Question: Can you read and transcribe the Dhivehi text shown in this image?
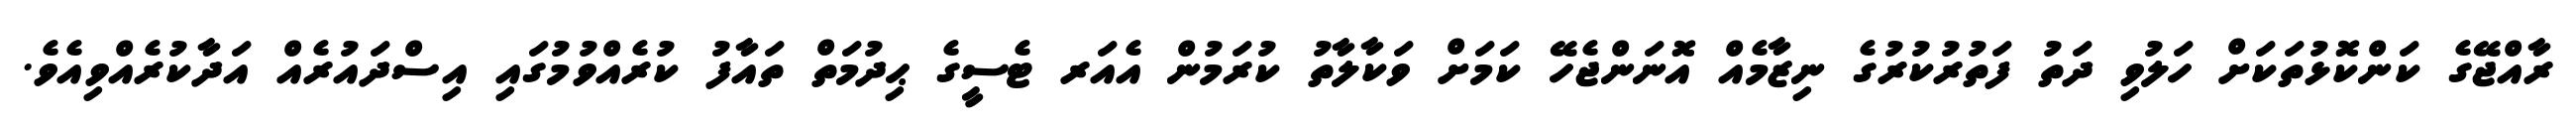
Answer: ރާއްޖޭގެ ކަންކޮޅުތަކަށް ހަލުވި ދަތު ފަތުރުކުރުގެ ނިޒާމެއް އޮނަންޖެހޭ ކަމަށް ވަކާލާތު ކުރަމުން އެއަރ ޓެސީގެ ޙިދުމަތް ތައާފު ކުރެއްވުމުގައި އިސްދައުރެއް އަދާކުރެއްވިއެވެ.